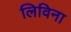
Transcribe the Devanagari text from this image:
लिविना